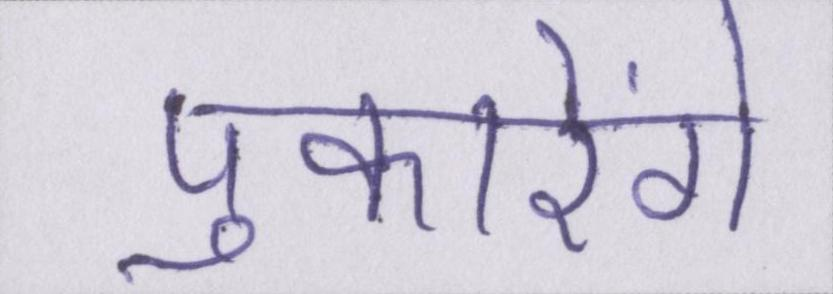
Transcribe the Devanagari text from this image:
पुकारेंगे